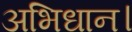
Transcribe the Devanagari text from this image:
अभिधान।